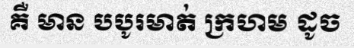
គឺ មាន បបូរមាត់ ក្រហម ដូច